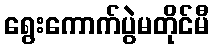
ရွေးကောက်ပွဲမတိုင်မီ